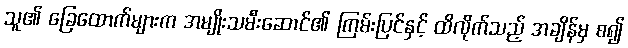
သူ၏ ခြေထောက်များက အမျိုးသမီးဆောင်၏ ကြမ်းပြင်နှင့် ထိလိုက်သည့် အချိန်မှ စ၍